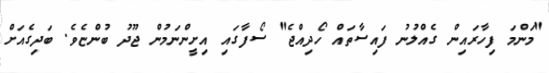
"މަންމަ ފިހާރައިން ގެއްލުނު ފައިސާތައް ހޯދިއްޖެ" ސޯފާގައި އިށީންނަމުން ޖޫދު ބުންޏެވެ. ބަދިގެއަށް